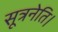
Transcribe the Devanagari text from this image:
सूत्रनेति।